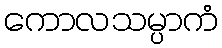
ကောလသမ္ပာကံ